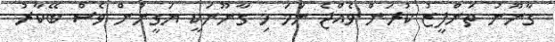
ގާނޫނު ތަންފީޒު ކުރަން ވެއްޖެ ނަމަ މި ގާނޫނަކީ ޔަގީނުން ވެސް ބޭކާރު